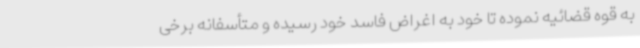
به قوه قضائیه نموده تا خود به اغراض فاسد خود رسیده و متأسفانه برخی